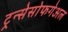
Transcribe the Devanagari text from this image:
ट्रन्सेसोफगेअल